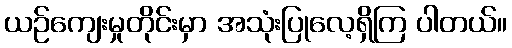
ယဉ်ကျေးမှုတိုင်းမှာ အသုံးပြုလေ့ရှိကြ ပါတယ်။